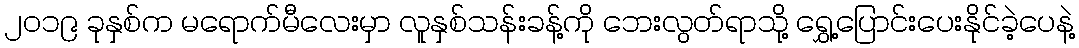
၂၀၁၉ ခုနှစ်က မရောက်မီလေးမှာ လူနှစ်သန်းခန့်ကို ဘေးလွတ်ရာသို့ ရွှေ့ပြောင်းပေးနိုင်ခဲ့ပေနဲ့